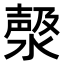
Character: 𣼘